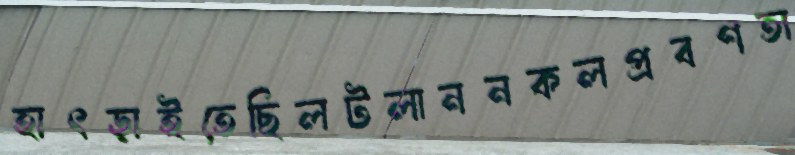
হাৎড়াইতেছিলটলাননকলপ্রবণতা